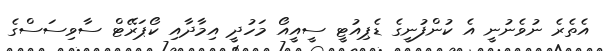
އެތެރެ ނުވެނުނީ އެ ކުންފުނީގެ ޑެޕިއުޓީ ސީއީއޯ މަހުދީ އިމާދާއި ކޯޕަރޭޓް ސާވިސަސްގެ